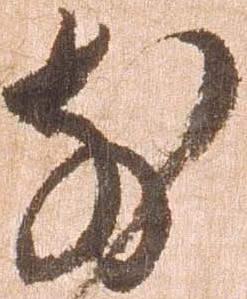
前